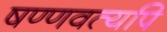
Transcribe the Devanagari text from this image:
षण्णवत्यपि